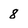
Character: 8